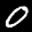
Label: 0